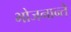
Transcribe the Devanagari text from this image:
भोजनान्ते